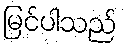
မြင်ပါသည်